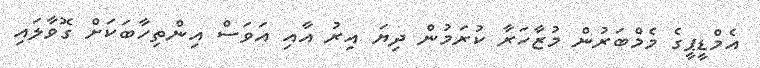
އެމްޑީޕީގެ މެމްބަރުން މުޒާހަރާ ކުރަމުން ދިޔަ އިރު އާއި އަވަސް އިންތިހާބަކަށް ގޮވާލައި